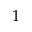
1